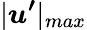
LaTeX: |\boldsymbol{u^{\prime}}|_{max}